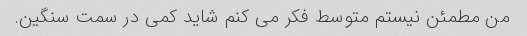
من مطمئن نیستم متوسط ​​فکر می کنم شاید کمی در سمت سنگین.